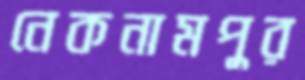
নেকনামপুর